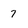
Character: 7